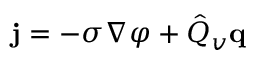
\mathbf { j } = - \sigma \nabla \varphi + \hat { Q } _ { v } \mathbf { q }